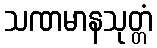
သဏမာနသုတ္တံ